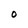
Character: O